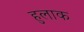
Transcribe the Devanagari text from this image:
हुलाक